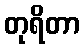
တုရိတာ